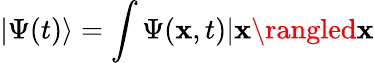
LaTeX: |\Psi(t)\rangle=\int\Psi(\mathbf{x},t)|\mathbf{x}\rangled\mathbf{x}